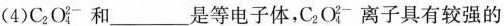
(4)C_{2}O_{4}^{2-}和___是等电子体，C_{2}O_{4}^{2-}离子具有较强的